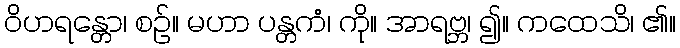
ဝိဟရန္တော၊ စဉ်။ မဟာ ပန္တကံ၊ ကို။ အာရဗ္ဘ၊ ၍။ ကထေသိ၊ ၏။